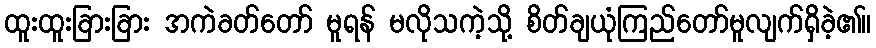
ထူးထူးခြားခြား အကဲခတ်တော် မူရန် မလိုသကဲ့သို့ စိတ်ချယုံကြည်တော်မူလျက်ရှိခဲ့၏။